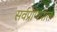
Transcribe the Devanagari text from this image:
सर्वप्राणपात